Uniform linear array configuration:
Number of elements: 16
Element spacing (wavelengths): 1
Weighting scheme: uniform
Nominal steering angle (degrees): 45
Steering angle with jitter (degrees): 45.949
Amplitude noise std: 0.05
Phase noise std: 0.05

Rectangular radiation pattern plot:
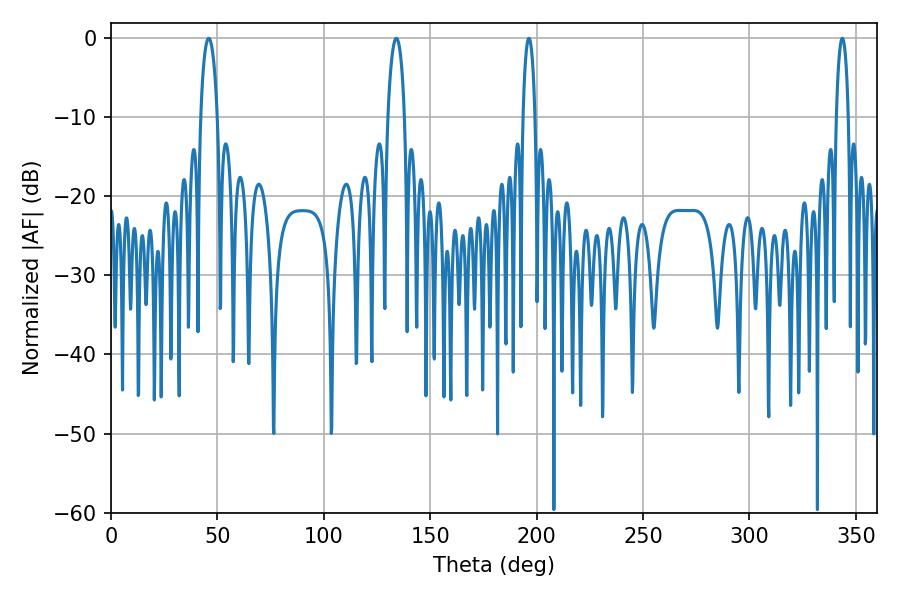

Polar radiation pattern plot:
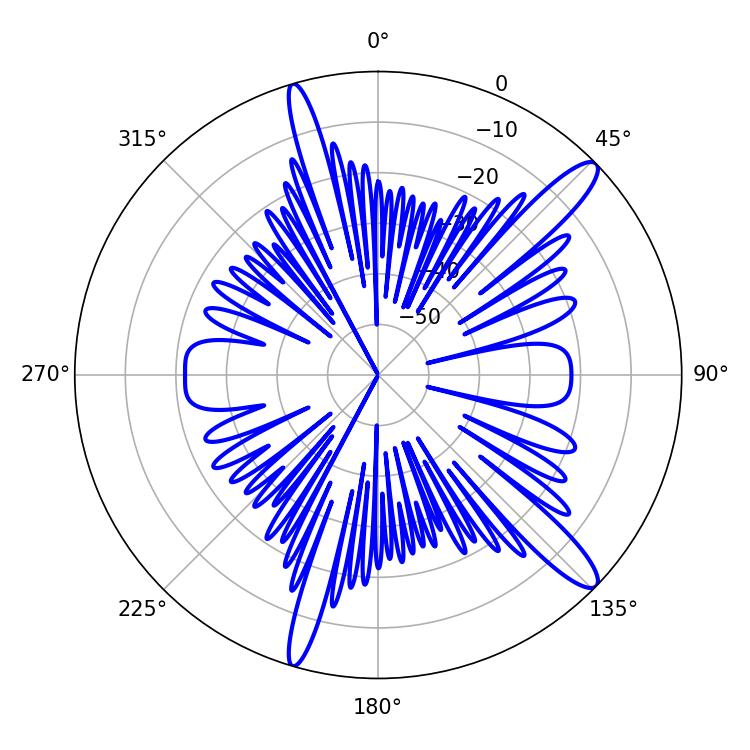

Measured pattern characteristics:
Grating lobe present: TRUE
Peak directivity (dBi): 13.412
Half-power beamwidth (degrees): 4.5
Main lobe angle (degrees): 45.9